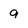
Character: 9